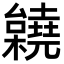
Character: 𣠎